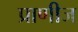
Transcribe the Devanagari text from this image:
प्राणीज